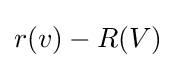
r(v)-R(V)